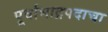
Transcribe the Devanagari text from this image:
पूर्वाभाद्रपदाचा